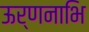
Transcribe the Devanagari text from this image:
ऊर्णनाभि